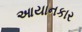
આયાનકાર